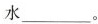
水___。